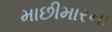
માછીમારના